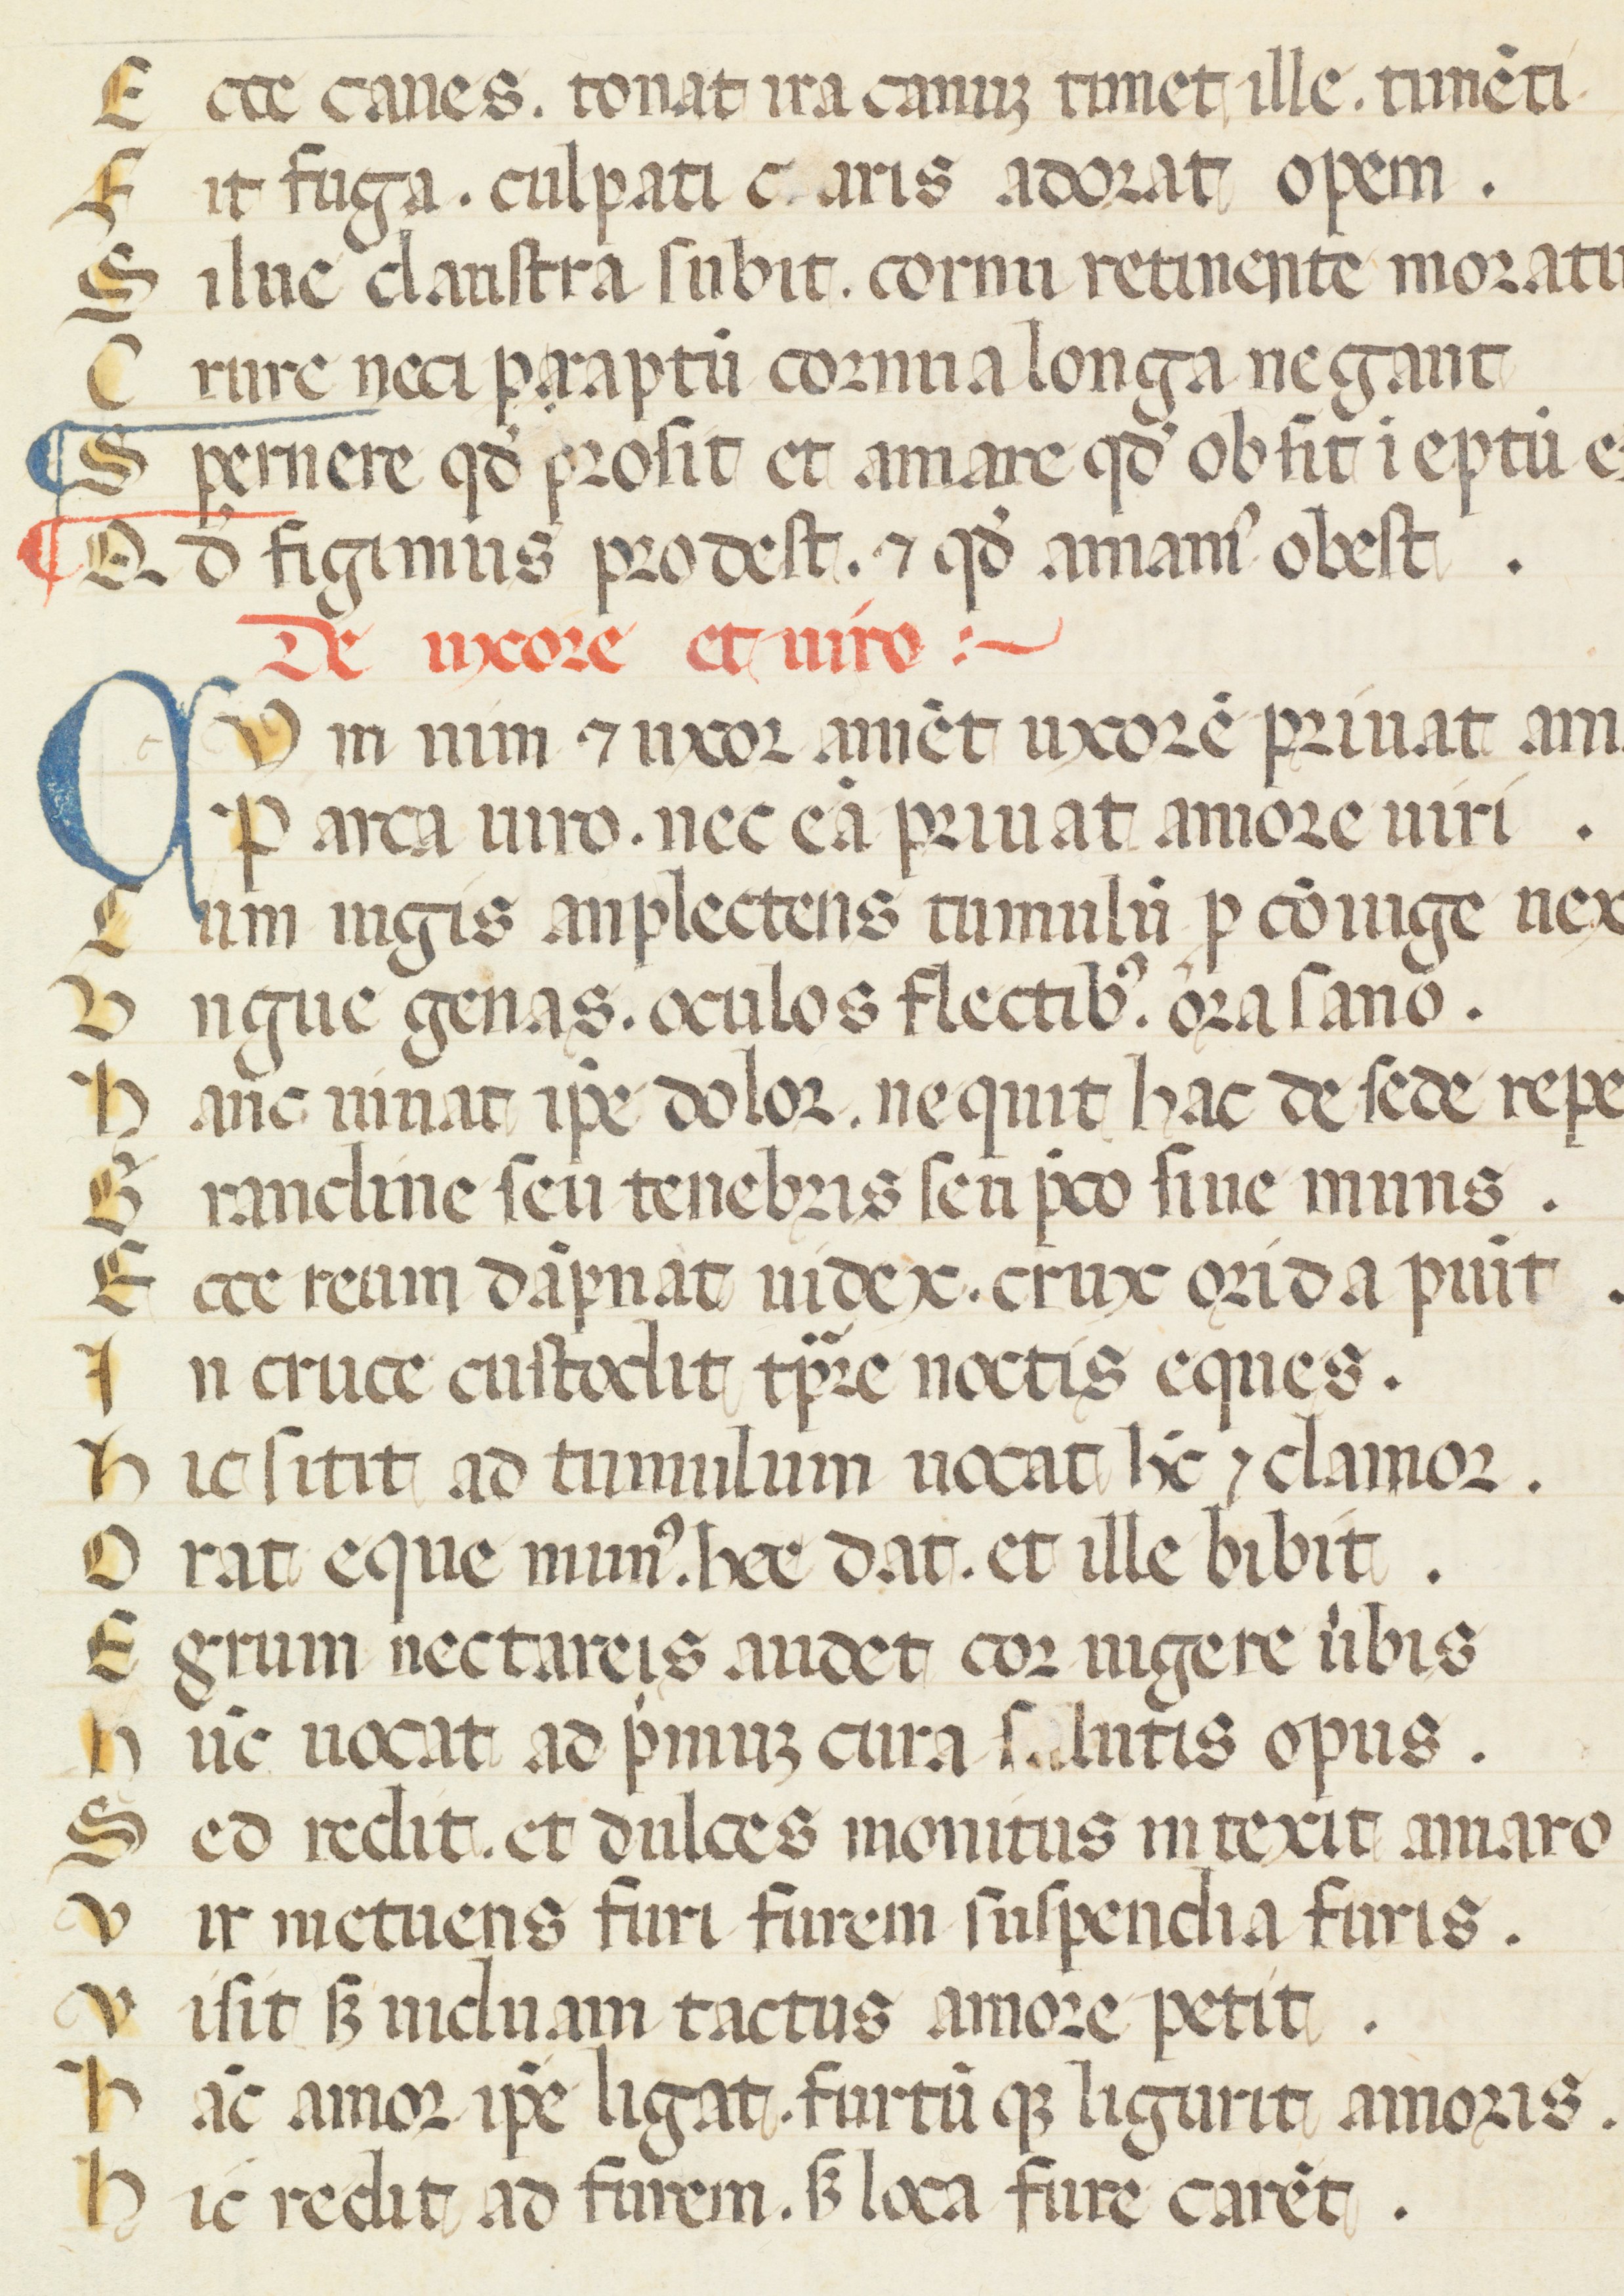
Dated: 1300–1399